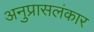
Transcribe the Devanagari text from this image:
अनुप्रासलंकार